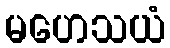
မဟေသယံ